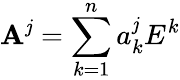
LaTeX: \mathbf{A}^{\mathit{j}}=\sum_{k=1}^{n}a_{k}^{\mathit{j}}E^{k}